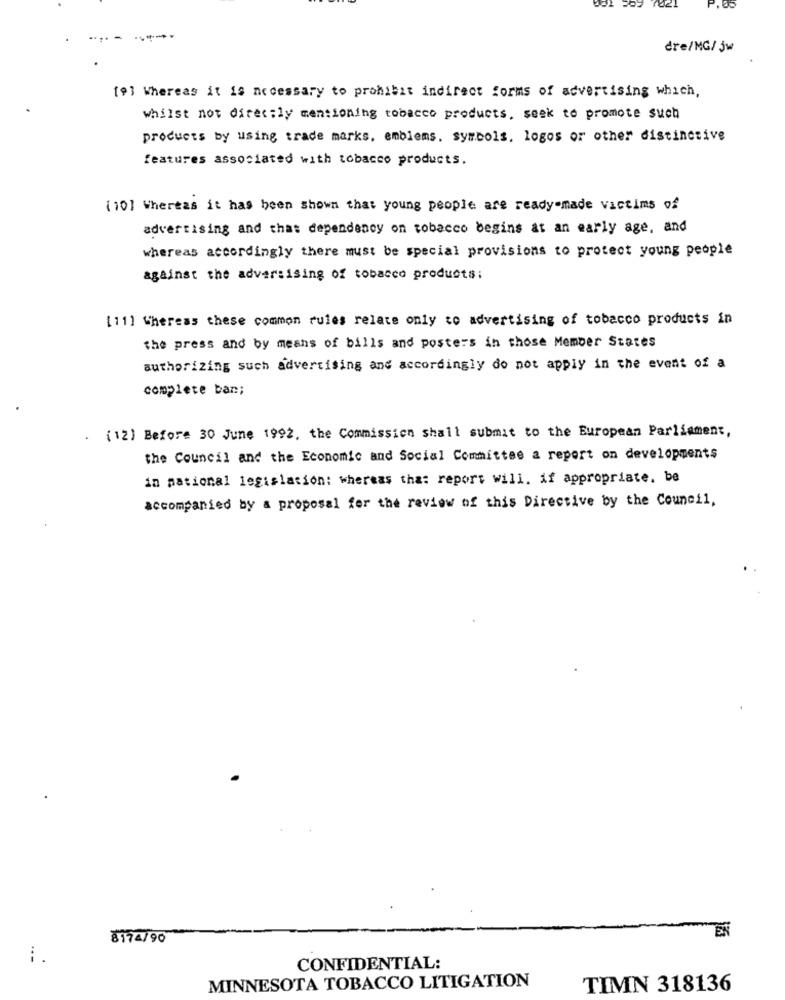
001
-
dre/MG/ jw
[9] Whereas it is necessary to prohibit indirect forms of advertising which,
whilst not directly mentioning tobacco products, seek to promote such
products by using trade marks, emblems. symbols, logos or other distinctive
features associated with tobacco products.
[10] Whereas it has been shown that young people are ready-made victims of
advertising and that dependency on tobacco begins at an early age, and
whereas accordingly there must be special provisions to protect young people
against the advertising of tobacco products:
[11] Whereas these common rules relate only to advertising of tobacco products in
the press and by means of bills and posters in those Member States
authorizing such advertising and accordingly do not apply in the event of a
complete ban;
. (12) Before 30 June 1992, the Commission shall submit to the European Parliament,
the Council and the Economic and Social Committee a report on developments
in pational legislation: whereas that report will. if appropriate. be
accompanied by a proposal for the review of this Directive by the Council,
EN
8174/90
:.
CONFIDENTIAL:
MINNESOTA TOBACCO LITIGATION
TIMN 318136